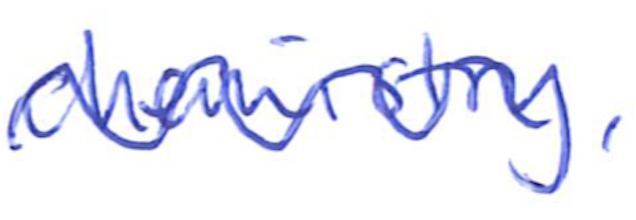
Text: chemistry,
Cross-out: wave
Writing tool: ballpoint